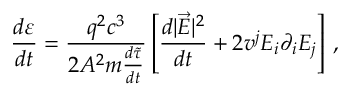
\frac { d \varepsilon } { d t } = \frac { q ^ { 2 } c ^ { 3 } } { 2 A ^ { 2 } m { \frac { d \tilde { \tau } } { d t } } } \left[ \frac { d | \vec { E } | ^ { 2 } } { d t } + 2 v ^ { j } E _ { i } \partial _ { i } E _ { j } \right] \, { , }